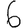
Digit: 6